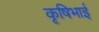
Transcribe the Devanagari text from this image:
कृषिभाई